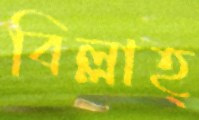
বিল্লাহ্